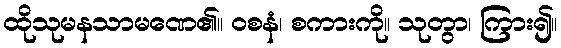
ထိုသုမနသာမဏေ၏။ ဝစနံ၊ စကားကို။ သုတွာ၊ ကြား၍။